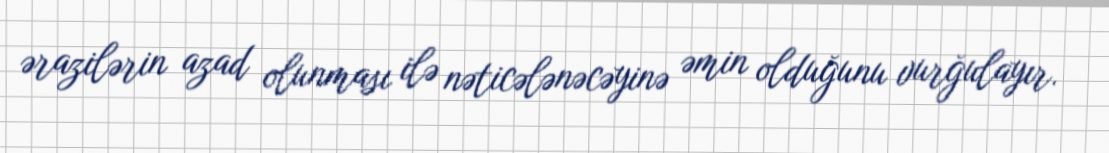
ərazilərin azad olunması ilə nəticələnəcəyinə əmin olduğunu vurğulayır.